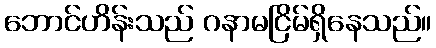
ဘောင်ဟိန်းသည် ဂနာမငြိမ်ရှိနေသည်။